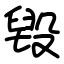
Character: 毀